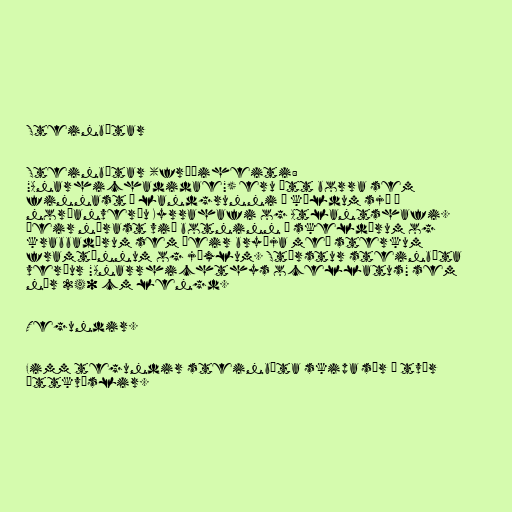
Steinbítar

Steinbítar (fræðiheiti:
"Anarhichadidae") eru ætt borra sem
finnast á landgrunni í köldum sjó í
norðanverðu Kyrrahafi og Atlantshafi.
Þeir nærast við botninn á skeldýrum og
krabbadýrum sem þeir bryðja með sterkum
framtönnum og jöxlum. Stærstur steinbíta
verður "Anarrhichthys ocellatus" sem
nær 240 cm lengd.

Tegundir.

Fimm tegundir steinbíta skipa sér í tvær
ættkvíslir.